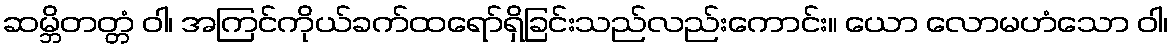
ဆမ္ဘိတတ္တံ ဝါ၊ အကြင်ကိုယ်ခက်ထရော်ရှိခြင်းသည်လည်းကောင်း။ ယော လောမဟံသော ဝါ၊